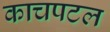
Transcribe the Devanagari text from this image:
काचपटल